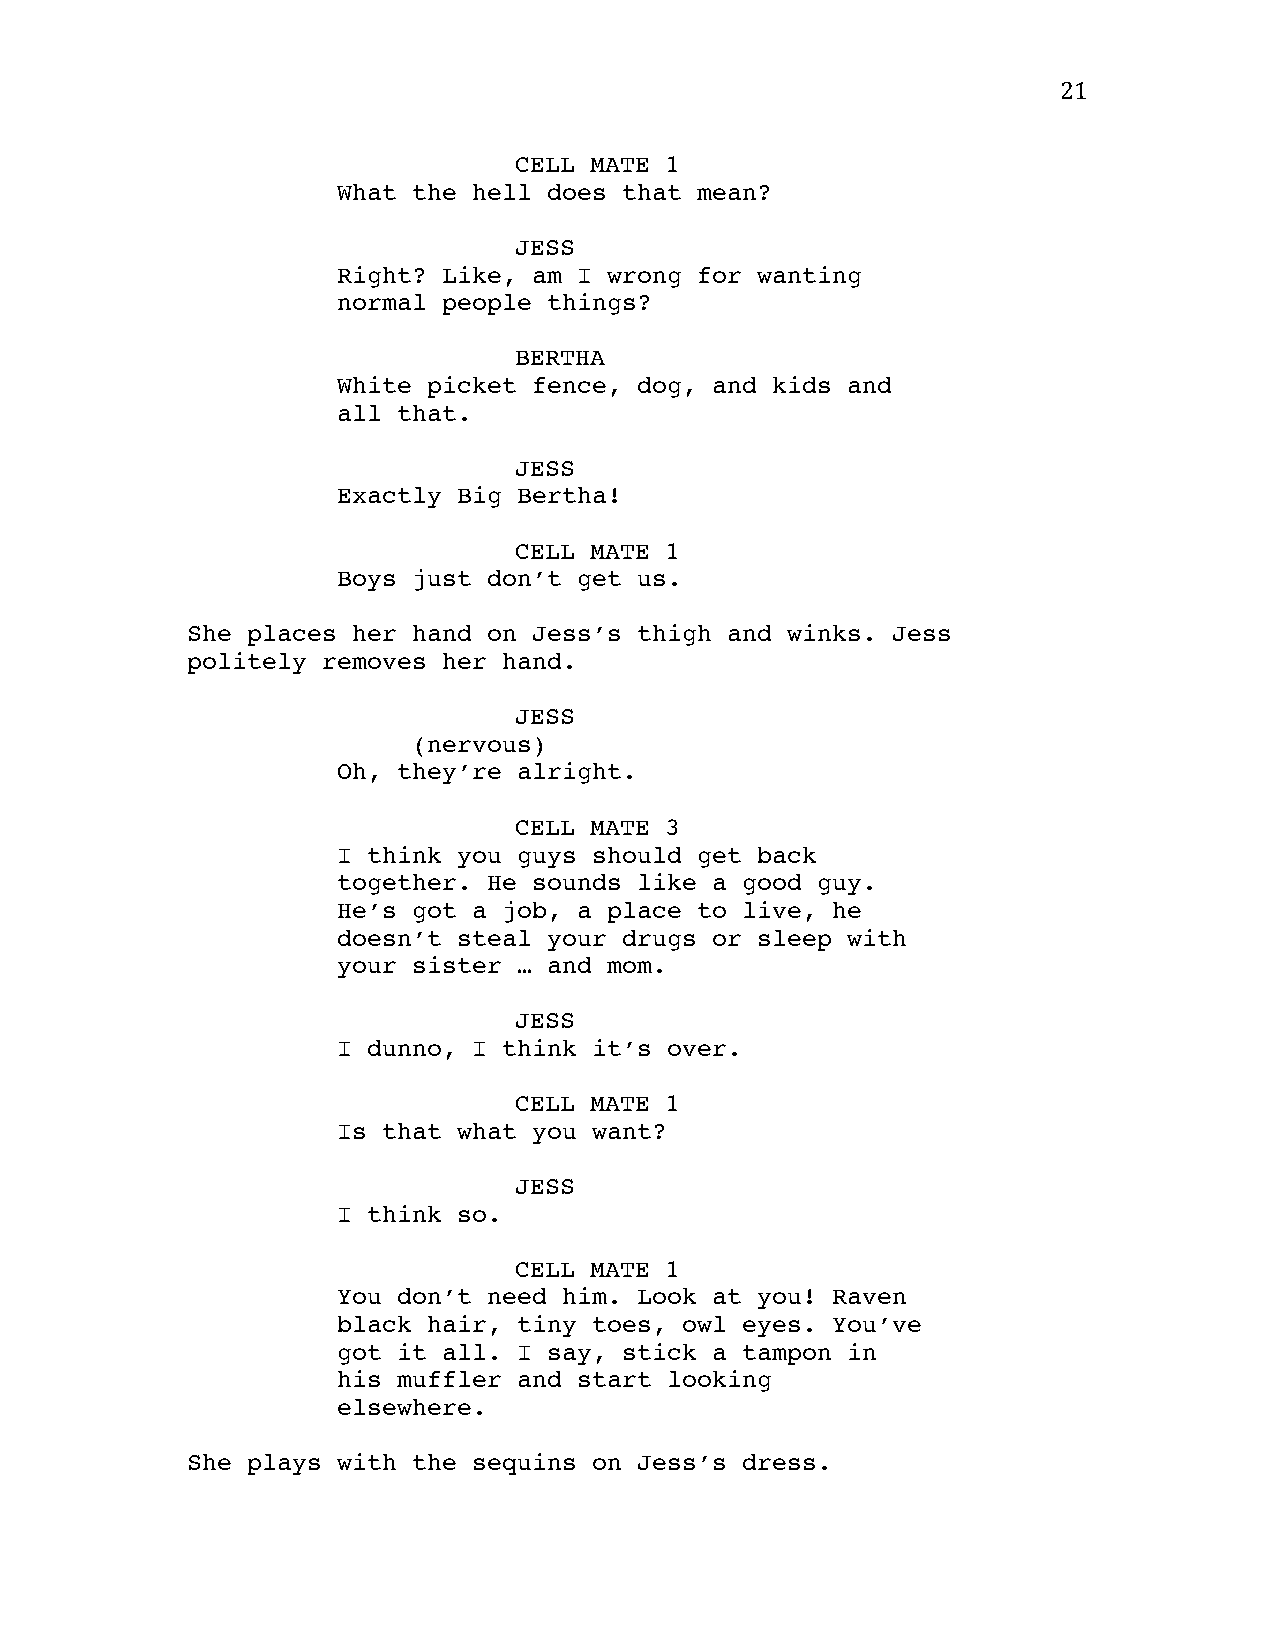
21
 CELL MATE 1
 What the hell does that mean?
 JESS
 Right? Like, am I wrong for wanting
 normal people things?
 BERTHA
 White picket fence, dog, and kids and
 all that.
 JESS
 Exactly Big Bertha!
 CELL MATE 1
 Boys just don’t get us.
 She places her hand on Jess’s thigh and winks. Jess
 politely removes her hand.
 JESS
 (nervous)
 Oh, they’re alright.
 CELL MATE 3
 I think you guys should get back
 together. He sounds like a good guy.
 He’s got a job, a place to live, he
 doesn’t steal your drugs or sleep with
 your sister … and mom.
 JESS
 I dunno, I think it’s over.
 CELL MATE 1
 Is that what you want?
 JESS
 I think so.
 CELL MATE 1
 You don’t need him. Look at you! Raven
 black hair, tiny toes, owl eyes. You’ve
 got it all. I say, stick a tampon in
 his muffler and start looking
 elsewhere.
 She plays with the sequins on Jess’s dress.